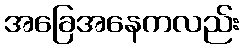
အခြေအနေကလည်း